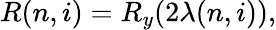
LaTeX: R(n,i)=R_{y}(2\lambda(n,i)),